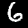
Label: 6